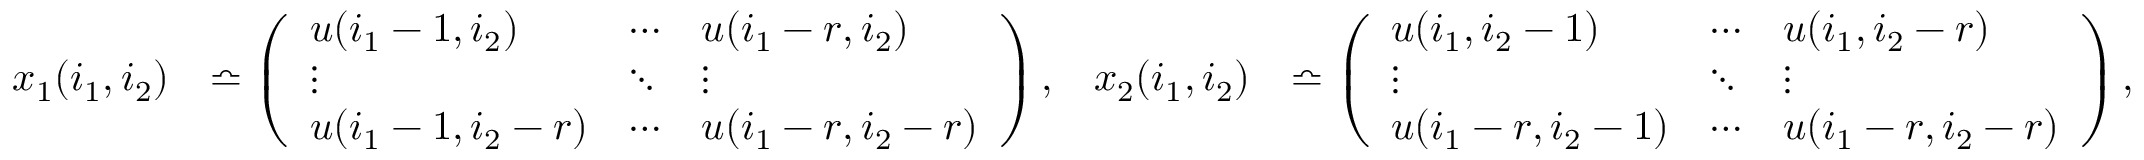
\begin{array} { r l r l } { x _ { 1 } ( i _ { 1 } , i _ { 2 } ) } & { \bumpeq \left( \begin{array} { l l l } { u ( i _ { 1 } - 1 , i _ { 2 } ) } & { \cdots } & { u ( i _ { 1 } - r , i _ { 2 } ) } \\ { \vdots } & { \ddots } & { \vdots } \\ { u ( i _ { 1 } - 1 , i _ { 2 } - r ) } & { \cdots } & { u ( i _ { 1 } - r , i _ { 2 } - r ) } \end{array} \right) , } & { x _ { 2 } ( i _ { 1 } , i _ { 2 } ) } & { \bumpeq \left( \begin{array} { l l l } { u ( i _ { 1 } , i _ { 2 } - 1 ) } & { \cdots } & { u ( i _ { 1 } , i _ { 2 } - r ) } \\ { \vdots } & { \ddots } & { \vdots } \\ { u ( i _ { 1 } - r , i _ { 2 } - 1 ) } & { \cdots } & { u ( i _ { 1 } - r , i _ { 2 } - r ) } \end{array} \right) , } \end{array}